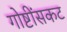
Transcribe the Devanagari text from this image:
गोष्टींसकट